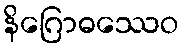
နိဂြောဓဿေဝ